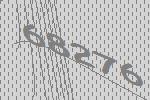
68276